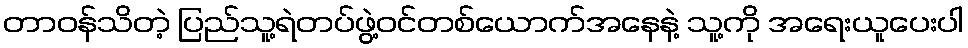
တာဝန်သိတဲ့ ပြည်သူ့ရဲတပ်ဖွဲ့ဝင်တစ်ယောက်အနေနဲ့ သူ့ကို အရေးယူပေးပါ